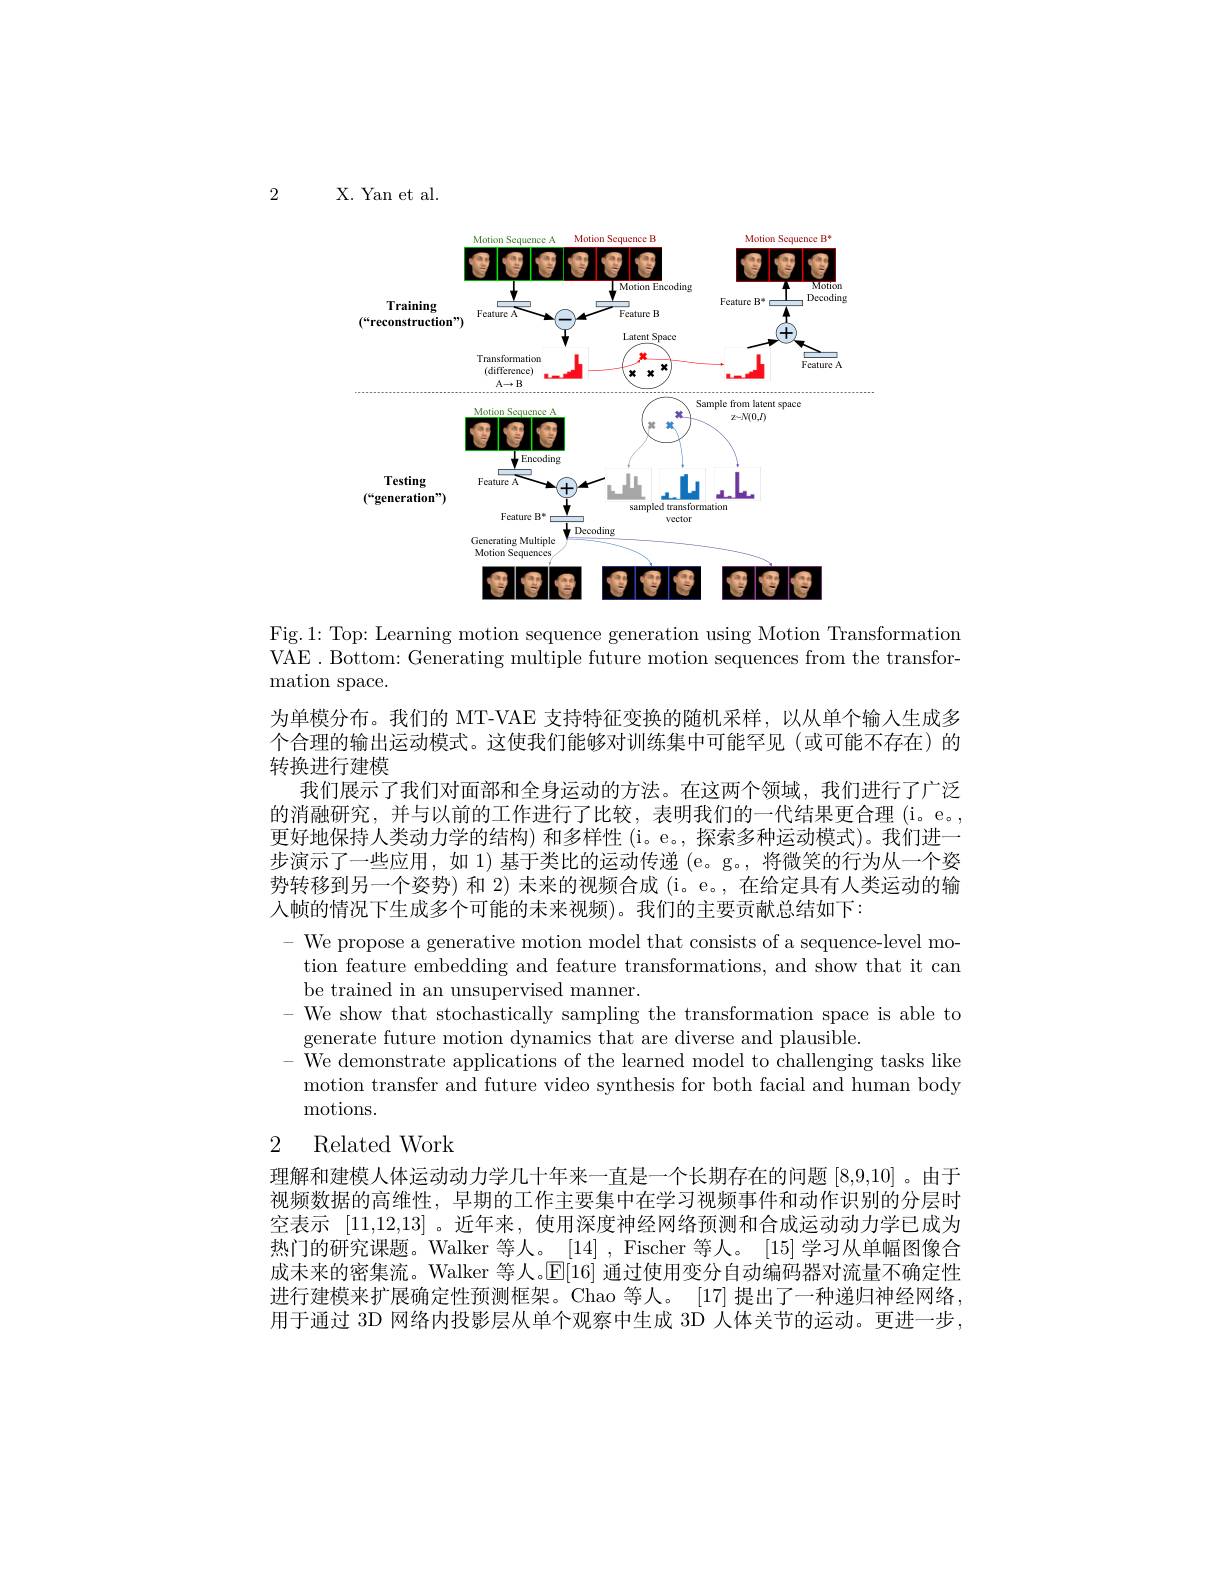
2

X. Yan et al.

<FigureHere>

Fig.1: Top: Learning motion sequence generation using Motion Transformation VAE . Bottom: Generating multiple future motion sequences from the transfor-

mation space.
为单模分布。我们的 MT-VAE 支持特征变换的随机采样，以从单个输人生成多个合理的输出运动模式。这使我们能够对训练集中可能罕见(或可能不存在)的转换进行建模
我们展示了我们对面部和全身运动的方法。在这两个领域，我们进行了广泛的消融研究，并与以前的工作进行了比较，表明我们的一代结果更合理 (i。e。, 更好地保持人类动力学的结构) 和多样性 (i。e。, 探索多种运动模式)。我们进一步演示了一些应用，如 1) 基于类比的运动传递 (e。g。,将微笑的行为从一个姿势转移到另一个姿势) 和 2) 末来的视频合成 (i。e。, 在给定具有人类运动的输入帧的情况下生成多个可能的未来视频)。我们的主要贡献总结如下：
- We propose a generative motion model that consists of a sequence-level motion feature embedding and feature transformations, and show that it can be trained in an unsupervised manner.
- We show that stochastically sampling the transformation space is able to
generate future motion dynamics that are diverse and plausible.
We demonstrate applications of the learned model to challenging tasks like motion transfer and future video synthesis for both facial and human body motions.
2 Related Work

理解和建模人体运动动力学几十年来一直是一个长期存在的问题[8,9,10] 。由于视频数据的高维性，早期的工作主要集中在学习视频事件和动作识别的分层时空表示[11,12,13] 。近年来，使用深度神经网络预测和合成运动动力学已成为热门的研究课题。Walker 等人。\_[14], Fischer 等人。[15] 学习从单幅图像合成未来的密集流。Walker 等人。$\mathbb{E}[16]$通过使用变分自动编码器对流量不确定性进行建模来扩展确定性预测框架。Chao 等人。[17] 提出了一种递归神经网络， 用于通过 3D 网络内投影层从单个观察中生成 3D 人体关节的运动。更进一步，